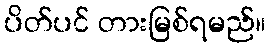
ပိတ်ပင် တားမြစ်ရမည်။